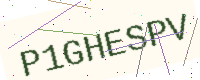
Text: P1GHESPV